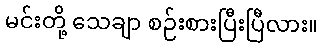
မင်းတို့ သေချာ စဉ်းစားပြီးပြီလား။